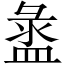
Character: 盝